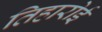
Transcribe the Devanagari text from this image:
तिहारोई